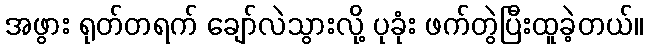
အဖွား ရုတ်တရက် ချော်လဲသွားလို့ ပုခုံး ဖက်တွဲပြီးထူခဲ့တယ်။